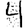
Digit: 4